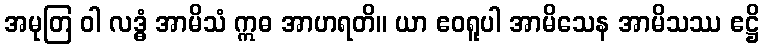
အမုတြ ဝါ လဒ္ဓံ အာမိသံ ဣဓ အာဟရတိ။ ယာ ဧဝရူပါ အာမိသေန အာမိသဿ ဧဋ္ဌိ